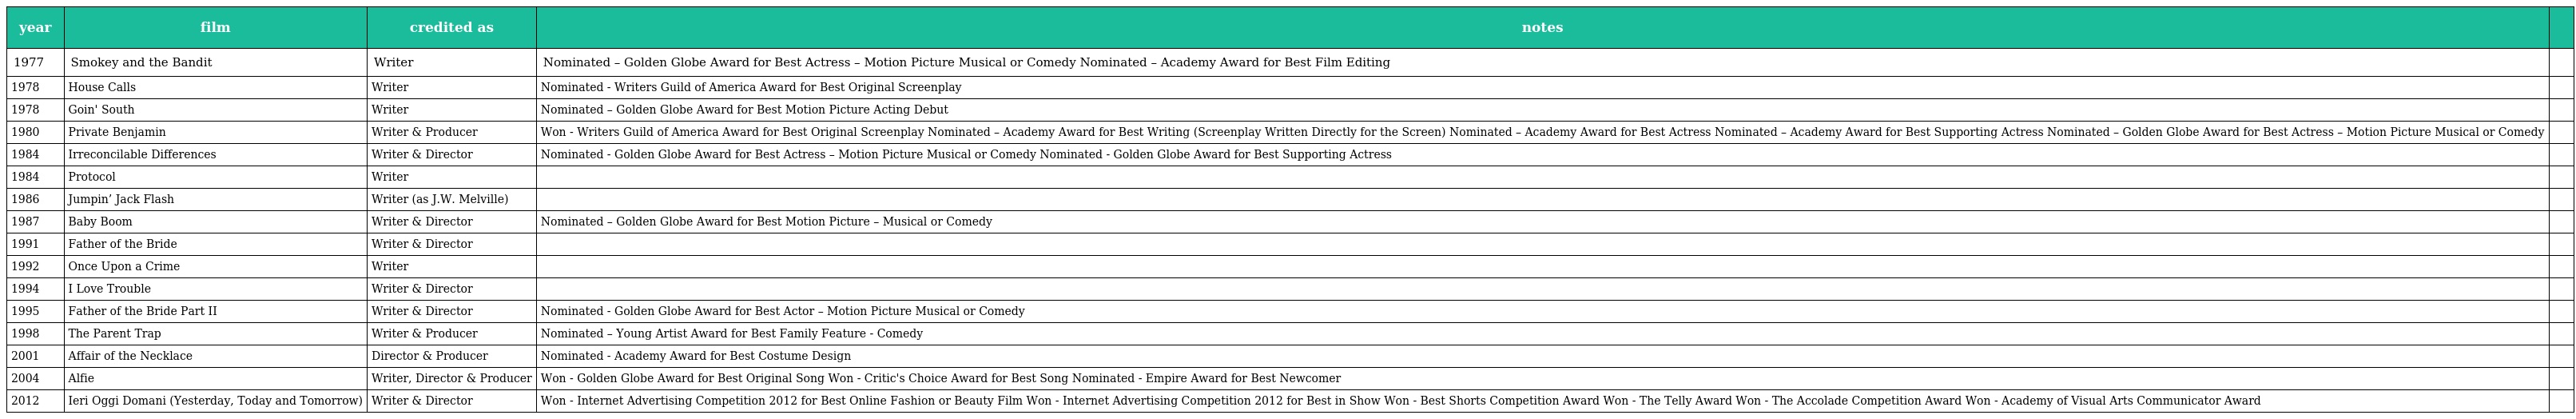
| year | film | credited as | notes |  |
 | --- | --- | --- | --- | --- |
 | 1977 | Smokey and the Bandit | Writer | Nominated – Golden Globe Award for Best Actress – Motion Picture Musical or Comedy Nominated – Academy Award for Best Film Editing |  |
 | 1978 | House Calls | Writer | Nominated - Writers Guild of America Award for Best Original Screenplay |  |
 | 1978 | Goin' South | Writer | Nominated – Golden Globe Award for Best Motion Picture Acting Debut |  |
 | 1980 | Private Benjamin | Writer & Producer | Won - Writers Guild of America Award for Best Original Screenplay Nominated – Academy Award for Best Writing (Screenplay Written Directly for the Screen) Nominated – Academy Award for Best Actress Nominated – Academy Award for Best Supporting Actress Nominated – Golden Globe Award for Best Actress – Motion Picture Musical or Comedy |  |
 | 1984 | Irreconcilable Differences | Writer & Director | Nominated - Golden Globe Award for Best Actress – Motion Picture Musical or Comedy Nominated - Golden Globe Award for Best Supporting Actress |  |
 | 1984 | Protocol | Writer |  |  |
 | 1986 | Jumpin’ Jack Flash | Writer (as J.W. Melville) |  |  |
 | 1987 | Baby Boom | Writer & Director | Nominated – Golden Globe Award for Best Motion Picture – Musical or Comedy |  |
 | 1991 | Father of the Bride | Writer & Director |  |  |
 | 1992 | Once Upon a Crime | Writer |  |  |
 | 1994 | I Love Trouble | Writer & Director |  |  |
 | 1995 | Father of the Bride Part II | Writer & Director | Nominated - Golden Globe Award for Best Actor – Motion Picture Musical or Comedy |  |
 | 1998 | The Parent Trap | Writer & Producer | Nominated – Young Artist Award for Best Family Feature - Comedy |  |
 | 2001 | Affair of the Necklace | Director & Producer | Nominated - Academy Award for Best Costume Design |  |
 | 2004 | Alfie | Writer, Director & Producer | Won - Golden Globe Award for Best Original Song Won - Critic's Choice Award for Best Song Nominated - Empire Award for Best Newcomer |  |
 | 2012 | Ieri Oggi Domani (Yesterday, Today and Tomorrow) | Writer & Director | Won - Internet Advertising Competition 2012 for Best Online Fashion or Beauty Film Won - Internet Advertising Competition 2012 for Best in Show Won - Best Shorts Competition Award Won - The Telly Award Won - The Accolade Competition Award Won - Academy of Visual Arts Communicator Award |  |